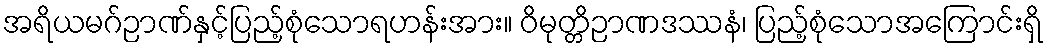
အရိယမဂ်ဉာဏ်နှင့်ပြည့်စုံသောရဟန်းအား။ ဝိမုတ္တိဉာဏဒဿနံ၊ ပြည့်စုံသောအကြောင်းရှိ